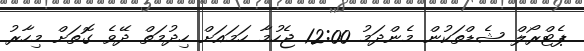
ޕެޓްރޯލް ޝެޑްތަކުން މެންދަމު 12:00 ޖެހުމާ ހަމައަށް ހިދުމަތް ދޭވެ ގޮތަށް މިހާރު